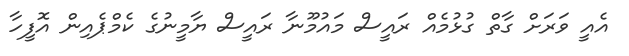
އެއީ ވަރަށް ގާތް ގުޅުމެއް ރައީސް މައުމޫނާ ރައީސް ޔާމީނުގެ ކެމްޕެއިން އޮފީހާ